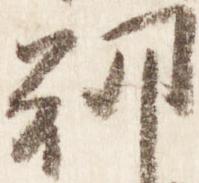
朝